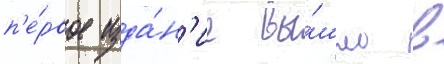
п'е́рвое изда́н'ие вы́шло в